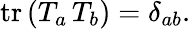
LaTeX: \mathrm{tr}\, (T_{a}\, T_{b})=\delta_{ab}.